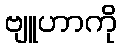
ဗျူဟာကို